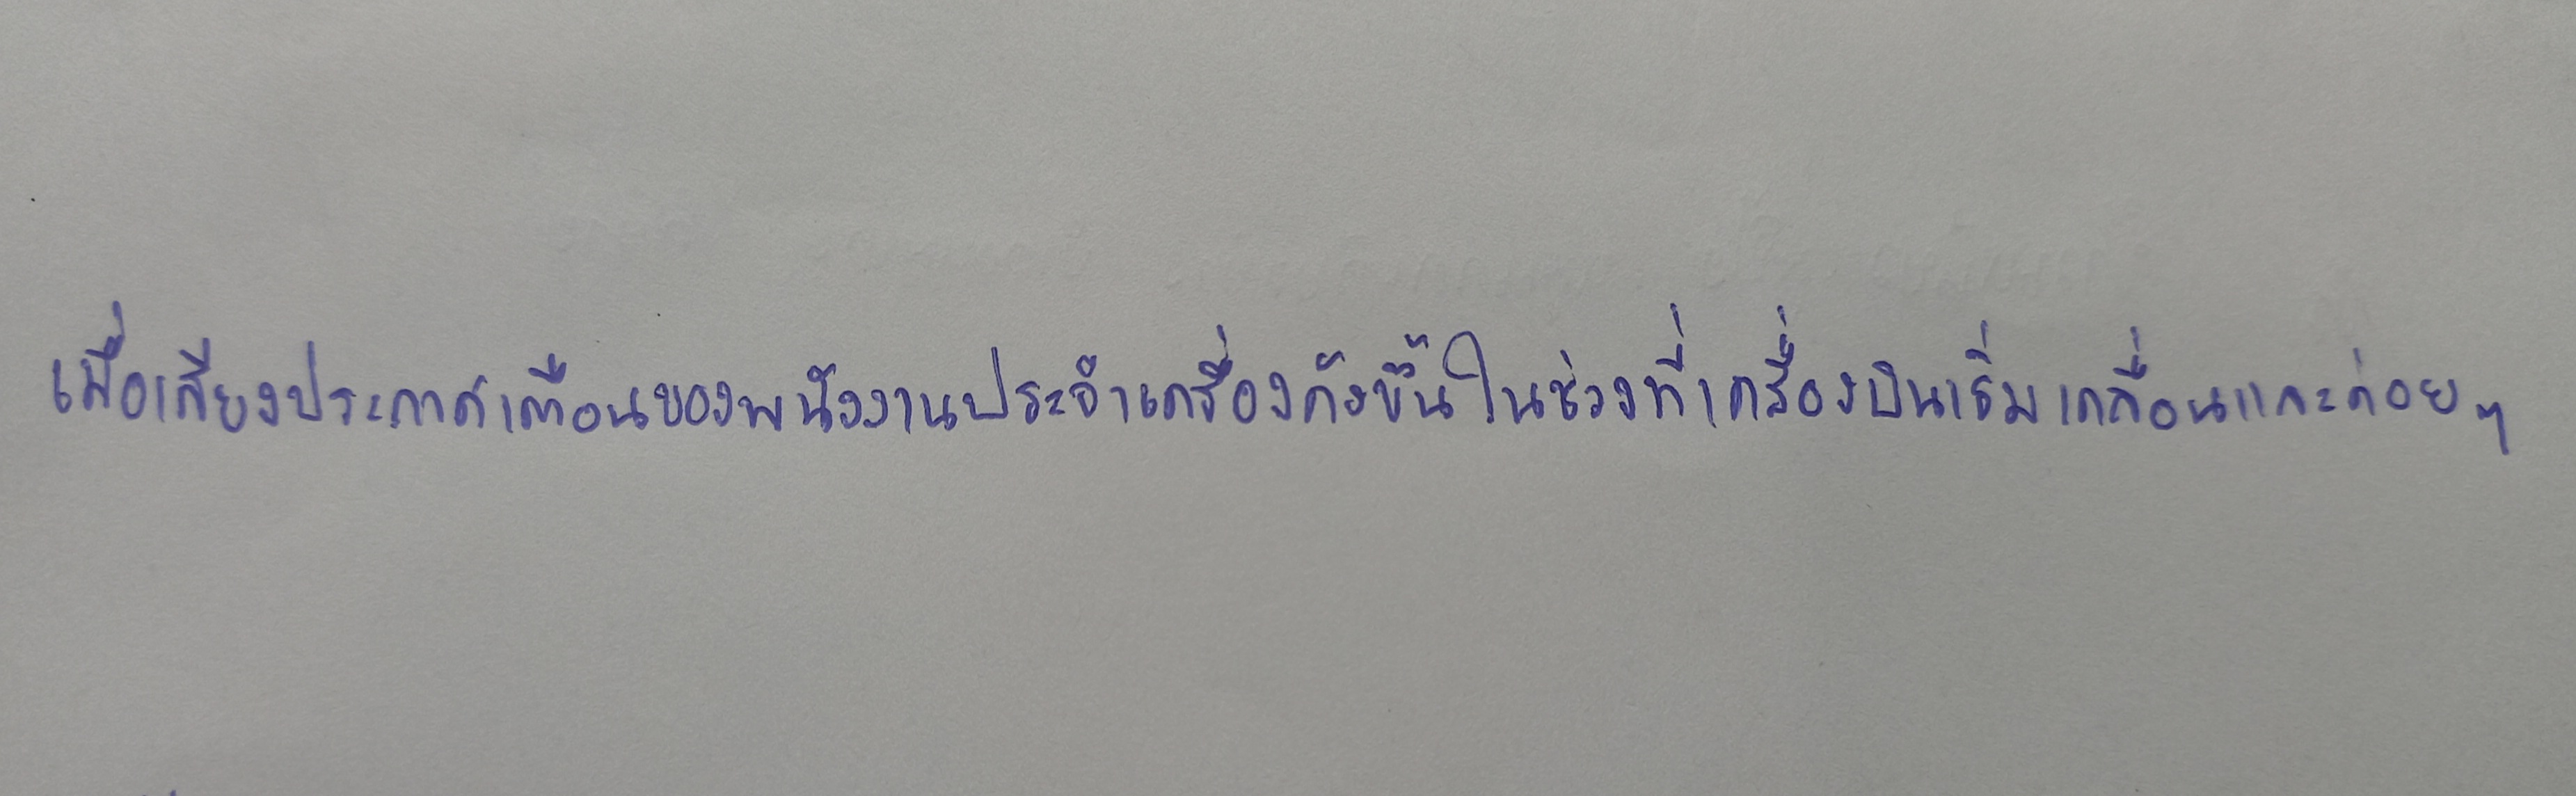
เมื่อเสียงประกาศเตือนของพนักงานประจำเครื่องดังขึ้นในช่วงที่เครื่องบินเริ่มเคลื่อนและค่อยๆ